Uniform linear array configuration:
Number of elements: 8
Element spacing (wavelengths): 0.5
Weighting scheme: uniform
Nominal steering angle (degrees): -45
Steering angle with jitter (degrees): -44.751
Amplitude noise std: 0.05
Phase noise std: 0.05

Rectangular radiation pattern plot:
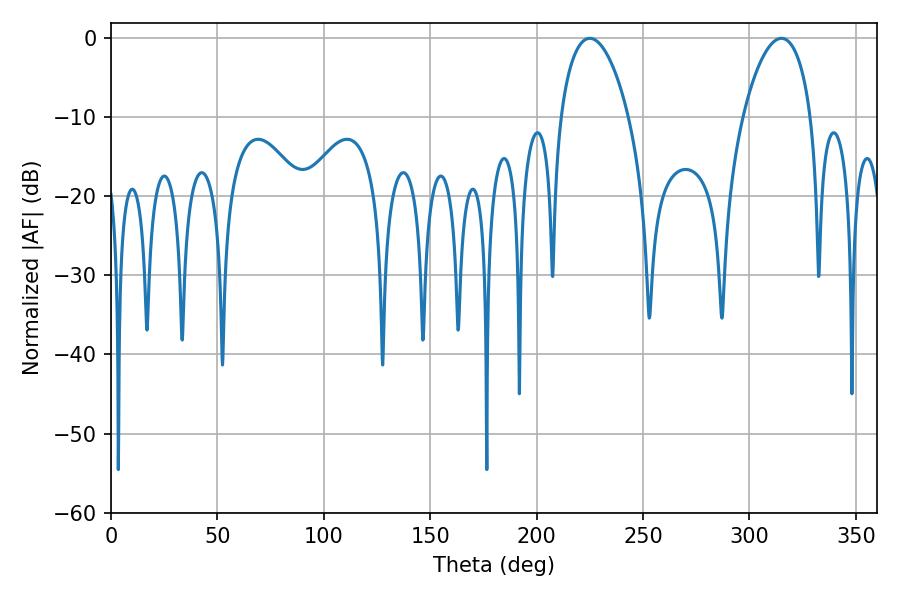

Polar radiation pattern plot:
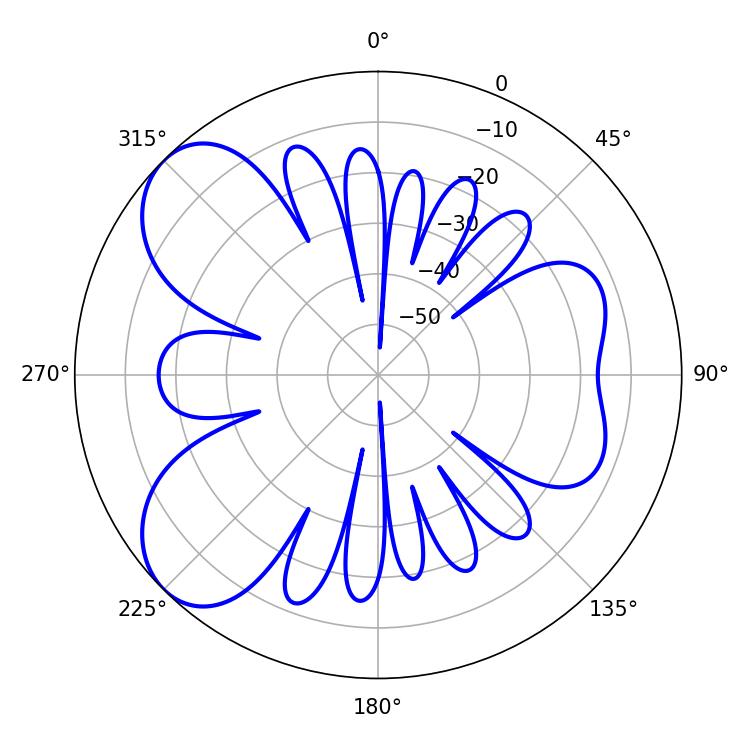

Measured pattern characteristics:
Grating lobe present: FALSE
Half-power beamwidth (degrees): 18
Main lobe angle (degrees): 225